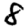
Digit: 8